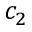
c _ { 2 }